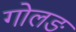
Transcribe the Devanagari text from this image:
गोलङ